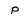
Character: P